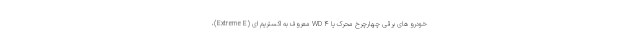
خودرو های برقی چهارچرخ محرک یا WD ۴ معروف به اکستریم ای (Extreme E)،